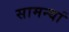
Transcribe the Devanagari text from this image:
सामन्यां